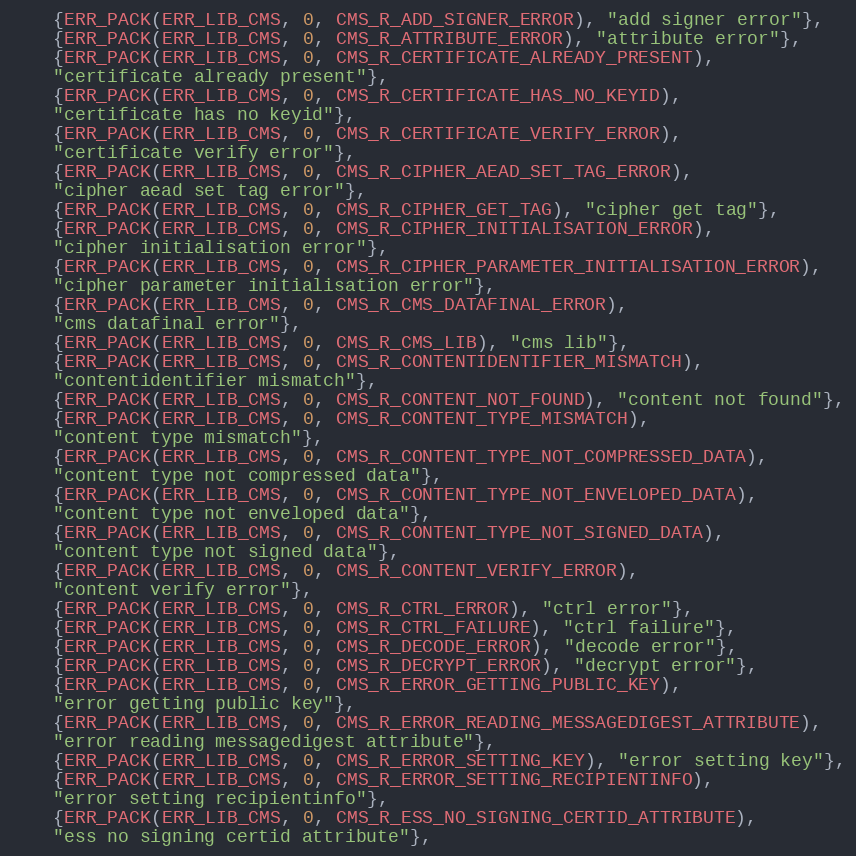
Language: C
    {ERR_PACK(ERR_LIB_CMS, 0, CMS_R_ADD_SIGNER_ERROR), "add signer error"},
    {ERR_PACK(ERR_LIB_CMS, 0, CMS_R_ATTRIBUTE_ERROR), "attribute error"},
    {ERR_PACK(ERR_LIB_CMS, 0, CMS_R_CERTIFICATE_ALREADY_PRESENT),
    "certificate already present"},
    {ERR_PACK(ERR_LIB_CMS, 0, CMS_R_CERTIFICATE_HAS_NO_KEYID),
    "certificate has no keyid"},
    {ERR_PACK(ERR_LIB_CMS, 0, CMS_R_CERTIFICATE_VERIFY_ERROR),
    "certificate verify error"},
    {ERR_PACK(ERR_LIB_CMS, 0, CMS_R_CIPHER_AEAD_SET_TAG_ERROR),
    "cipher aead set tag error"},
    {ERR_PACK(ERR_LIB_CMS, 0, CMS_R_CIPHER_GET_TAG), "cipher get tag"},
    {ERR_PACK(ERR_LIB_CMS, 0, CMS_R_CIPHER_INITIALISATION_ERROR),
    "cipher initialisation error"},
    {ERR_PACK(ERR_LIB_CMS, 0, CMS_R_CIPHER_PARAMETER_INITIALISATION_ERROR),
    "cipher parameter initialisation error"},
    {ERR_PACK(ERR_LIB_CMS, 0, CMS_R_CMS_DATAFINAL_ERROR),
    "cms datafinal error"},
    {ERR_PACK(ERR_LIB_CMS, 0, CMS_R_CMS_LIB), "cms lib"},
    {ERR_PACK(ERR_LIB_CMS, 0, CMS_R_CONTENTIDENTIFIER_MISMATCH),
    "contentidentifier mismatch"},
    {ERR_PACK(ERR_LIB_CMS, 0, CMS_R_CONTENT_NOT_FOUND), "content not found"},
    {ERR_PACK(ERR_LIB_CMS, 0, CMS_R_CONTENT_TYPE_MISMATCH),
    "content type mismatch"},
    {ERR_PACK(ERR_LIB_CMS, 0, CMS_R_CONTENT_TYPE_NOT_COMPRESSED_DATA),
    "content type not compressed data"},
    {ERR_PACK(ERR_LIB_CMS, 0, CMS_R_CONTENT_TYPE_NOT_ENVELOPED_DATA),
    "content type not enveloped data"},
    {ERR_PACK(ERR_LIB_CMS, 0, CMS_R_CONTENT_TYPE_NOT_SIGNED_DATA),
    "content type not signed data"},
    {ERR_PACK(ERR_LIB_CMS, 0, CMS_R_CONTENT_VERIFY_ERROR),
    "content verify error"},
    {ERR_PACK(ERR_LIB_CMS, 0, CMS_R_CTRL_ERROR), "ctrl error"},
    {ERR_PACK(ERR_LIB_CMS, 0, CMS_R_CTRL_FAILURE), "ctrl failure"},
    {ERR_PACK(ERR_LIB_CMS, 0, CMS_R_DECODE_ERROR), "decode error"},
    {ERR_PACK(ERR_LIB_CMS, 0, CMS_R_DECRYPT_ERROR), "decrypt error"},
    {ERR_PACK(ERR_LIB_CMS, 0, CMS_R_ERROR_GETTING_PUBLIC_KEY),
    "error getting public key"},
    {ERR_PACK(ERR_LIB_CMS, 0, CMS_R_ERROR_READING_MESSAGEDIGEST_ATTRIBUTE),
    "error reading messagedigest attribute"},
    {ERR_PACK(ERR_LIB_CMS, 0, CMS_R_ERROR_SETTING_KEY), "error setting key"},
    {ERR_PACK(ERR_LIB_CMS, 0, CMS_R_ERROR_SETTING_RECIPIENTINFO),
    "error setting recipientinfo"},
    {ERR_PACK(ERR_LIB_CMS, 0, CMS_R_ESS_NO_SIGNING_CERTID_ATTRIBUTE),
    "ess no signing certid attribute"},